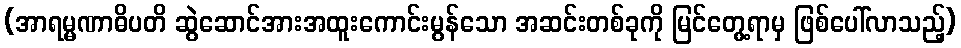
(အာရမ္မဏာဓိပတိ ဆွဲဆောင်အားအထူးကောင်းမွန်သော အဆင်းတစ်ခုကို မြင်တွေ့ရာမှ ဖြစ်ပေါ်လာသည့်)